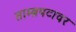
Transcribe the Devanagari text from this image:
ताम्ब्रपटावर